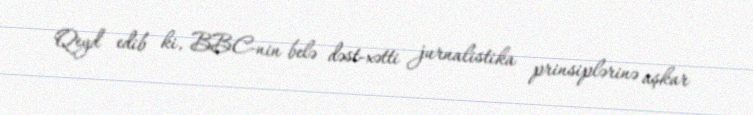
Qeyd edib ki, BBC-nin belə dəst-xətti jurnalistika prinsiplərinə aşkar